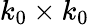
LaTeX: k_{0}\times k_{0}